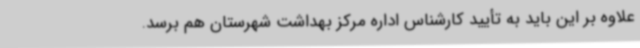
علاوه بر این باید به تأیید کارشناس اداره مرکز بهداشت شهرستان هم برسد.